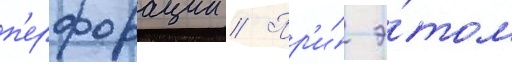
п'ерфорации // Пр'и́ э́том